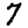
Digit: 7